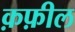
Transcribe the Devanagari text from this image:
क़फ़ील